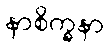
နာစိက္ခနာ